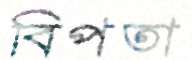
বিপতা